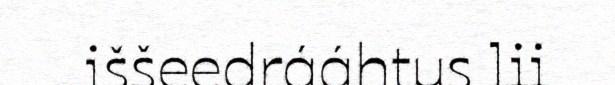
iššeedrááhtus lii